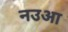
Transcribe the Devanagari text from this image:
नउआ